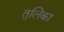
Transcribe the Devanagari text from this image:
तुलिका